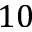
1 0